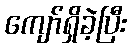
ကျော်ရှိခဲ့ပြီး